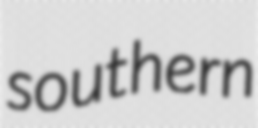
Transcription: southern